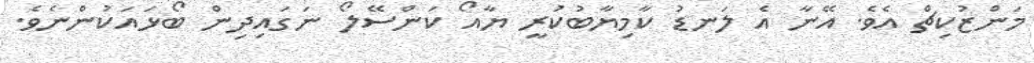
މަންޒުކިޗް އެވެ. އޭނާ އެ ލަނޑު ކާމިޔާބުކުރީ ޔާއޯ ކަންސޭލޯ ނަގައިދިން ބޯޅައަކުންނެވެ.